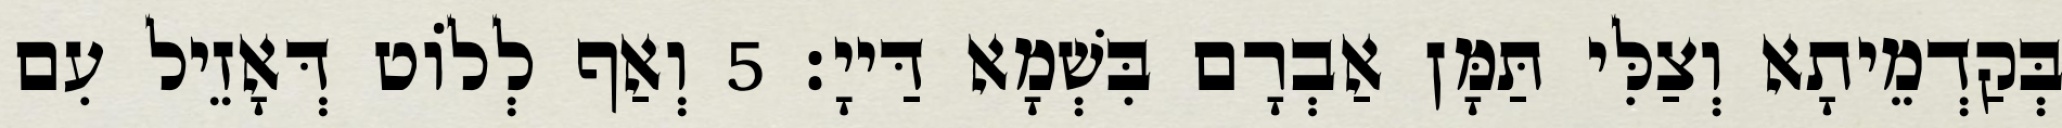
בְּקַדְמֵיתָא וְצַלִּי תַּמָּן אַבְרָם בִּשְׁמָא דַּייָ׃ 5 וְאַף לְלוֹט דְּאָזֵיל עִם